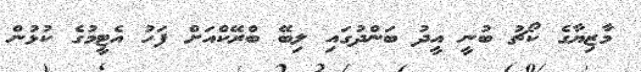
މާޒިޔާގެ ކޯޗު ބުނީ އީދު ބަންދުގައި ލިބޭ ބްރޭކްއަށް ފަހު އެޓީމުގެ ކުޅުން